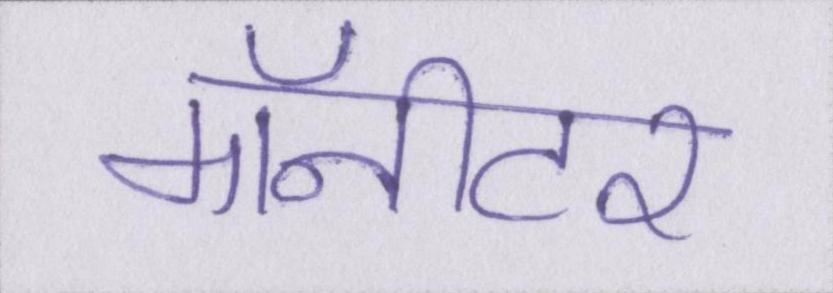
मॉनीटर